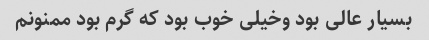
بسیار عالی بود وخیلی خوب بود که گرم بود ممنونم